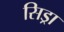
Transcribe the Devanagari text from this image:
सिड्रा